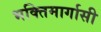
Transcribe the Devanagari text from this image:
भक्तिमार्गासी